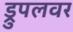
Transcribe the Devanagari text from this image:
ड्रुपलवर